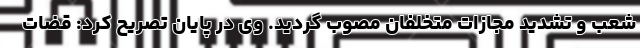
شعب و تشدید مجازات متخلفان مصوب گردید. وی در پایان تصریح کرد: قضات